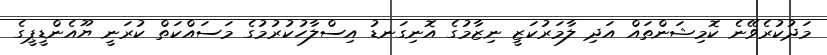
މަދުކުރެވޭނެ ކޮމިޝަންތައް އަދި ލާމަރުކަޒީ ނިޒާމުގެ އޮނިގަނޑު އިސްލާހުކުރުމުގެ މަސައްކަތް ކުރަނީ ޔޫއެންޑީޕީގެ